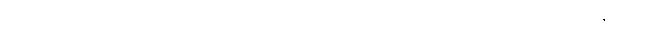
ကိုယ့်ဘာသာအလုပ်လုပ်ပြီးတော့ ကလေးတစ်ယောက်ကို အကောင်းဆုံးပြုစုပျိုးထောင်နိုင်တယ်။